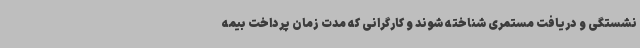
نشستگی و دریافت مستمری شناخته شوند و کارگرانی که مدت زمان پرداخت بیمه